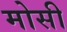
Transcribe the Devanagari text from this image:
मोसी